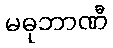
မဓုဘာဏီ